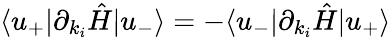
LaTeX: \langle u_{+}|\partial_{k_{i}}\hat{H}|u_{-}\rangle=-\langle u_{-}|\partial_{k_{i}}\hat{H}|u_{+}\rangle